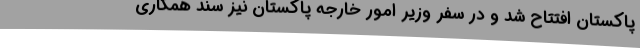
پاکستان افتتاح شد و در سفر وزیر امور خارجه پاکستان نیز سند همکاری